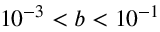
1 0 ^ { - 3 } < b < 1 0 ^ { - 1 }